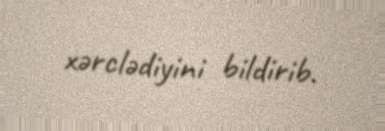
xərclədiyini bildirib.